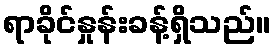
ရာခိုင်နှုန်းခန့်ရှိသည်။